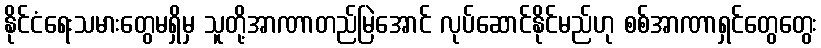
နိုင်ငံရေးသမားတွေမရှိမှ သူတို့အာဏာတည်မြဲအောင် လုပ်ဆောင်နိုင်မည်ဟု စစ်အာဏာရှင်တွေတွေး